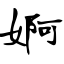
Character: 婀